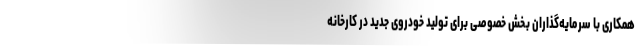
همکاری با سرمایه‌گذاران بخش خصوصی برای تولید خودروی جدید در کارخانه